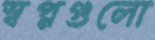
স্বপ্নগুলো